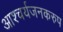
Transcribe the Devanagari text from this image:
आश्चर्यजनकरुप